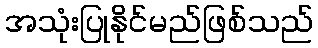
အသုံးပြုနိုင်မည်ဖြစ်သည်